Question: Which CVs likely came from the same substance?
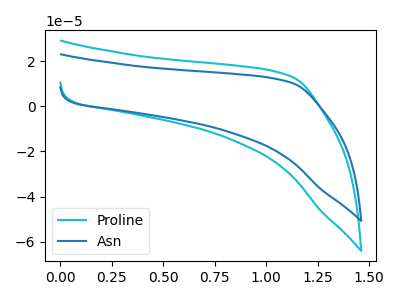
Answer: <think>The cyan curve "Proline" has no peaks. The blue curve "Asn" has no peaks.
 Neither "Proline" or "Asn" have any peaks.</think>
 <answer>"Asn" and "Proline" have the same shape and are likely CV's of the same chemical.</answer>
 <eval>"Asn" "Proline"</eval>